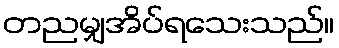
တညမျှအိပ်ရသေးသည်။